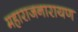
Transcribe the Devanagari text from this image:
महाराजनारायण